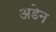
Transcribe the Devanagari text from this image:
अडेन